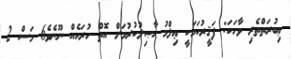
ޢިބުރަތްތެރި ވާހަކަ: ފަޤީރުކަމަކީ ޢިލްމު ޙާޞިލުކުރުމަށް އޮތް ހުރަހެއް ނޫނެވެ6 މަސް 2